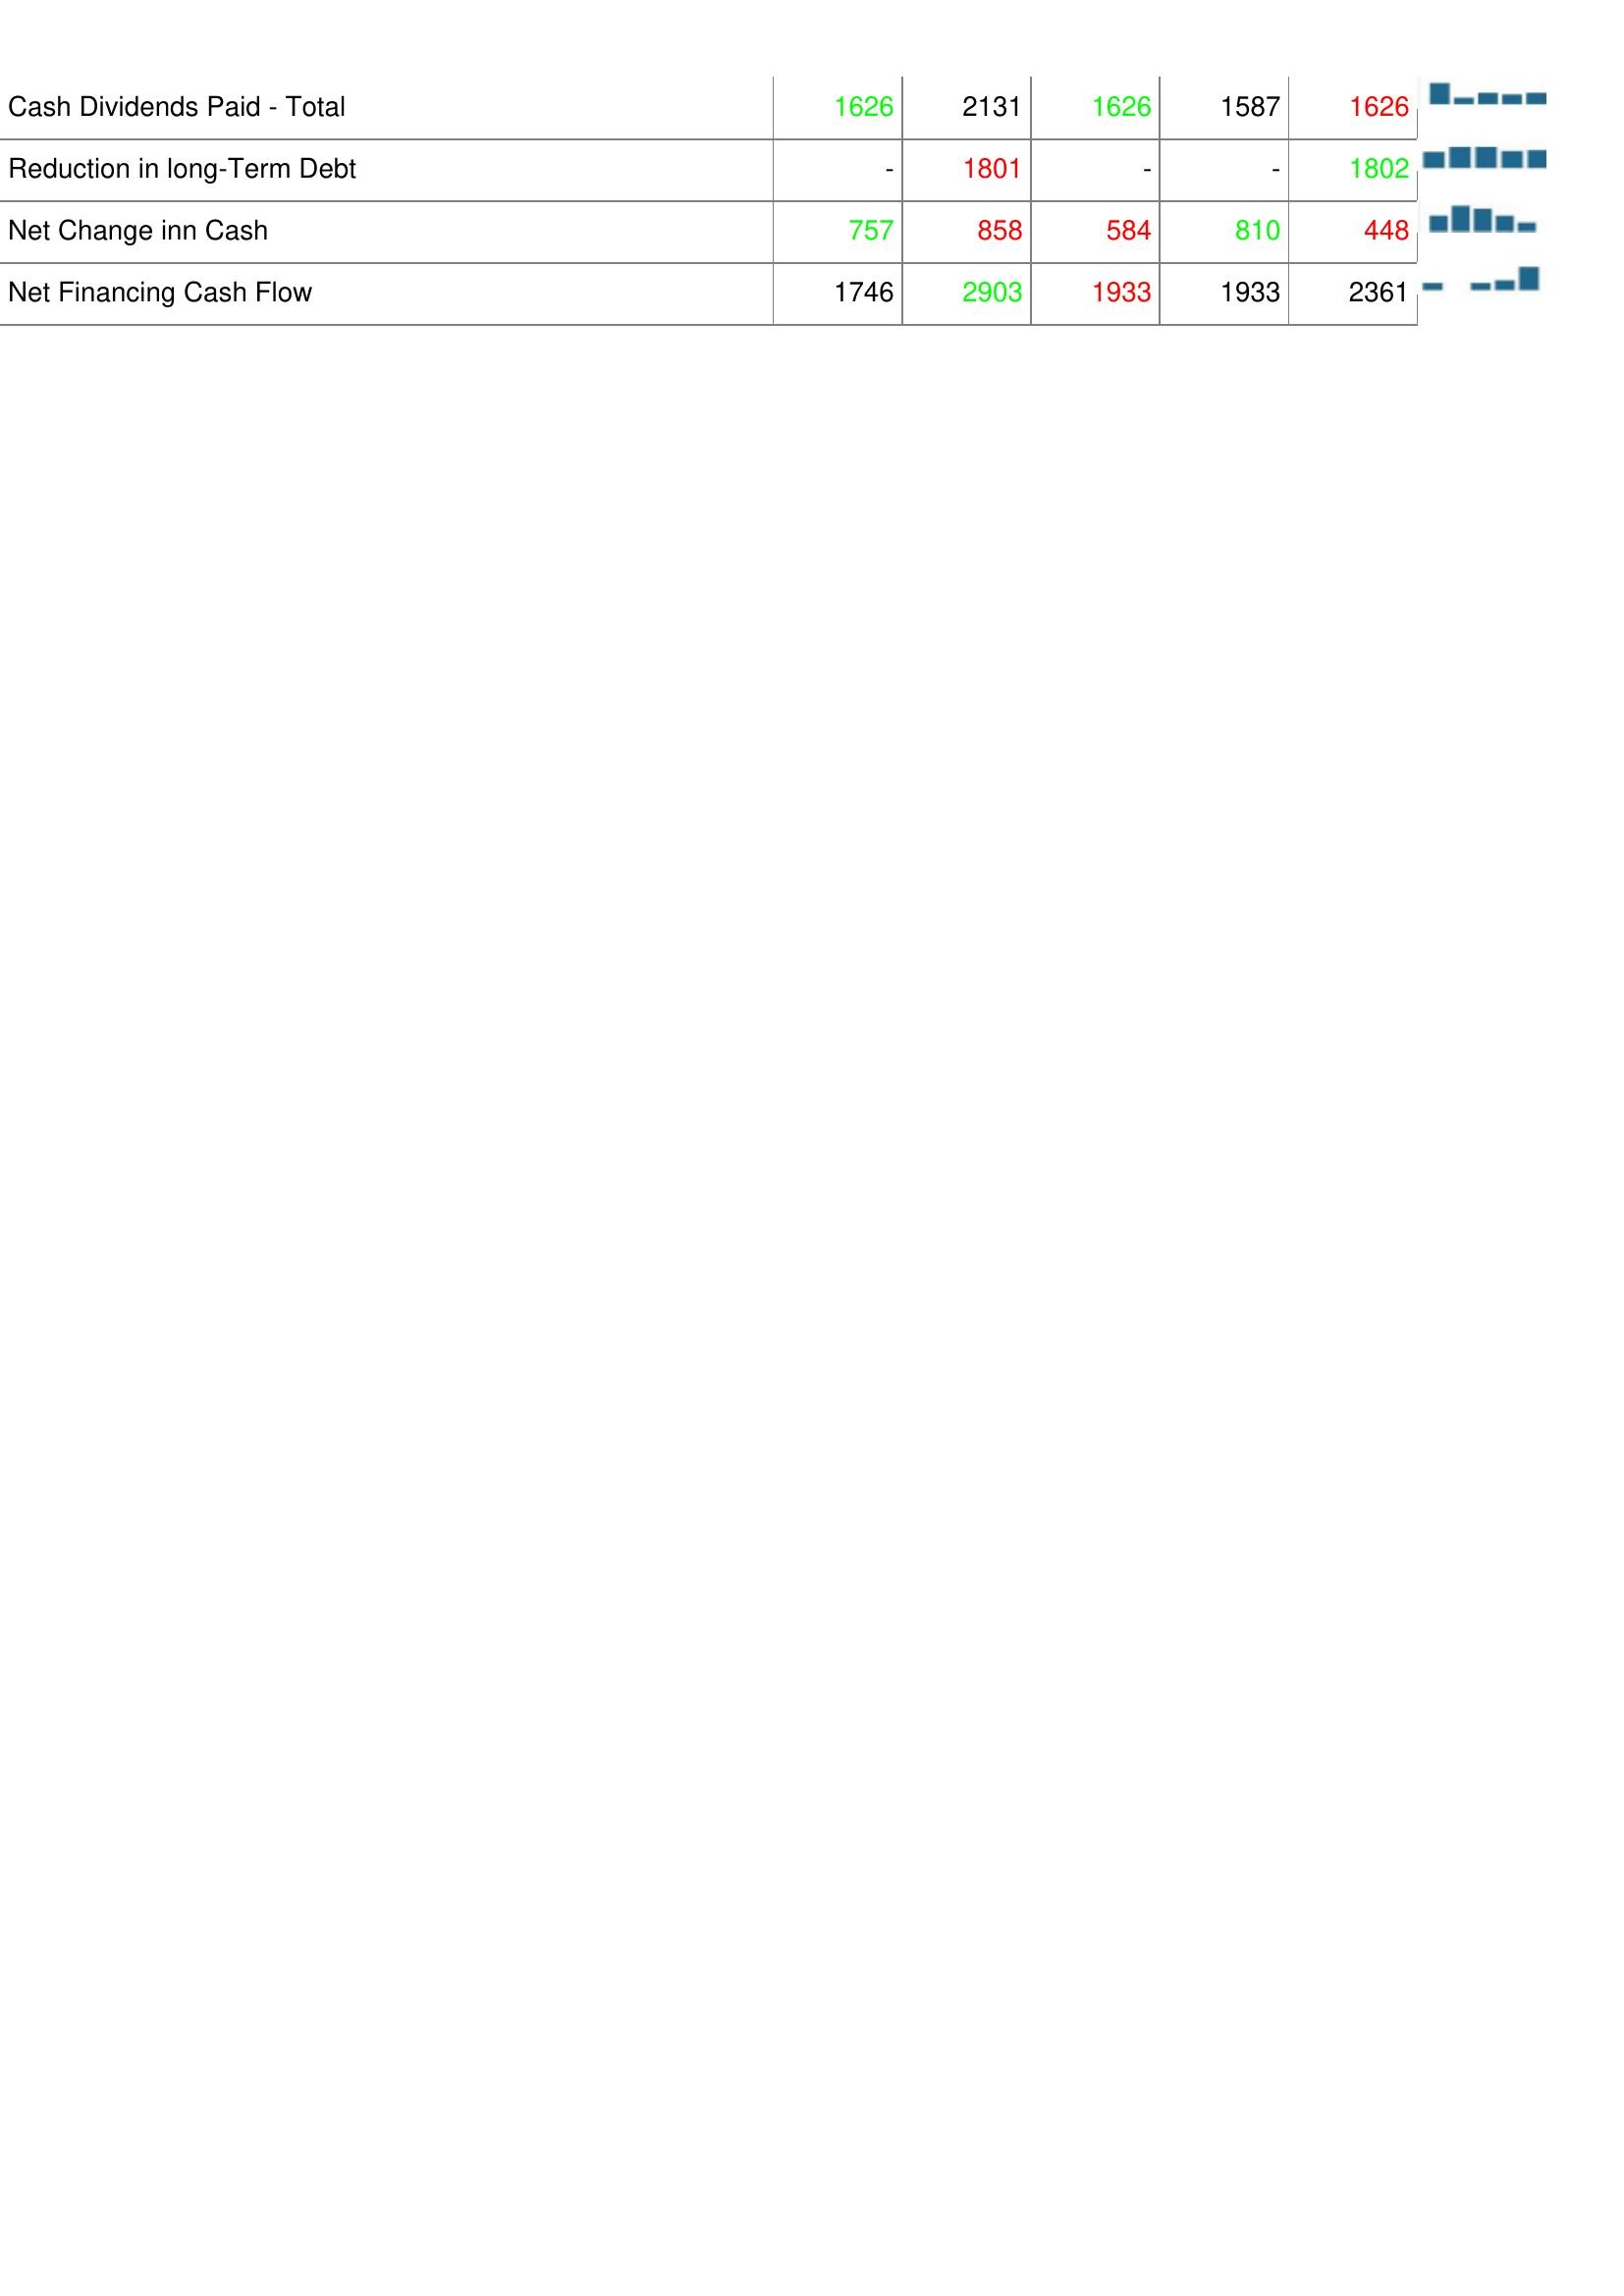
2020: Financing Activities: Cash Dividends Paid - Total: 1626
Reduction in long-Term Debt: -
Net Change inn Cash: 757
Net Financing Cash Flow: 1746
2019: Financing Activities: Cash Dividends Paid - Total: 2131
Reduction in long-Term Debt: 1801
Net Change inn Cash: 858
Net Financing Cash Flow: 2903
2018: Financing Activities: Cash Dividends Paid - Total: 1626
Reduction in long-Term Debt: -
Net Change inn Cash: 584
Net Financing Cash Flow: 1933
2017: Financing Activities: Cash Dividends Paid - Total: 1587
Reduction in long-Term Debt: -
Net Change inn Cash: 810
Net Financing Cash Flow: 1933
2016: Financing Activities: Cash Dividends Paid - Total: 1626
Reduction in long-Term Debt: 1802
Net Change inn Cash: 448
Net Financing Cash Flow: 2361